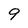
Character: 9